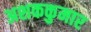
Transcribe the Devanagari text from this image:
अशककुमार